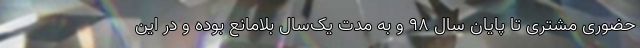
حضوری مشتری تا پایان سال ۹۸ و به مدت یک‌سال بلامانع بوده و در این